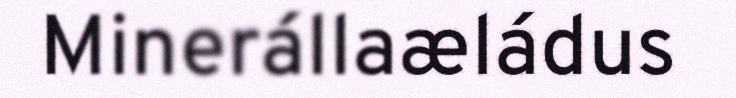
Minerállaæládus